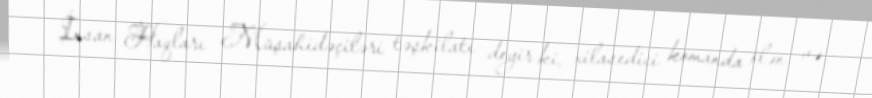
İnsan Haqları Müşahidəçiləri təşkilatı deyir ki, xilasedici komanda ölən və